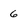
Character: 6